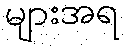
များအရ